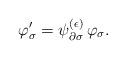
LaTeX: \begin{align*}\varphi_{\sigma}' = \psi^{(\epsilon)}_{\partial \sigma} \, \varphi_{\sigma}.\end{align*}